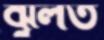
ঝুলত